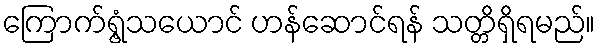
ကြောက်ရွံ့သယောင် ဟန်ဆောင်ရန် သတ္တိရှိရမည်။